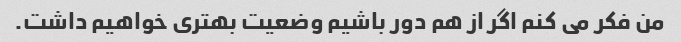
من فکر می کنم اگر از هم دور باشیم وضعیت بهتری خواهیم داشت.